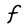
Character: F